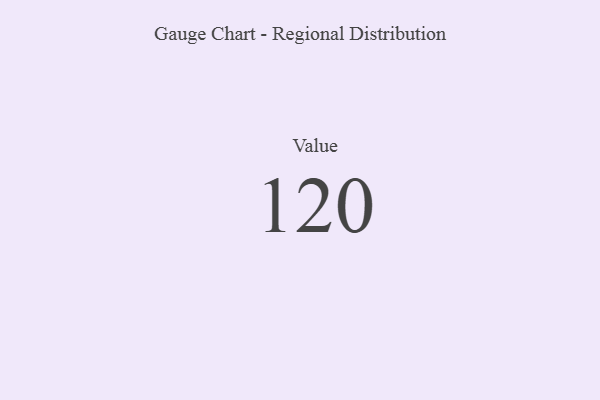
{"axis": {"x": "Metric", "y": "Value"}, "legend": [""], "data": [{"x": "Value", "y": 120, "type": ""}]}